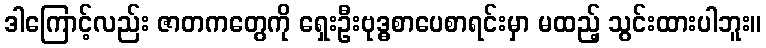
ဒါကြောင့်လည်း ဇာတကတွေကို ရှေးဦးဗုဒ္ဓစာပေစာရင်းမှာ မထည့် သွင်းထားပါဘူး။